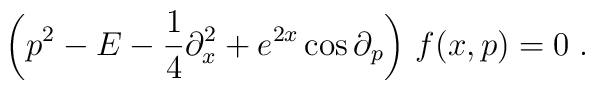
\left( p^{2}-E-{\frac{1}{4}}\partial _{x}^{2}+e^{2x}\cos \partial_{p}\right) \,f(x,p)=0\;.